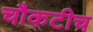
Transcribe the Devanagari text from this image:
चौकटीच